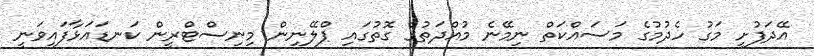
އޭދަފުށީ މަގު ހެދުމުގެ މަސައްކަތް ނިމޭނެ މުއްދަތުގެ ގޮތުގައި ޕްލޭނިން މިނިސްޓްރީން ކަނޑައަޅާފައިވަނީ